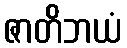
ဇာတိဘယံ